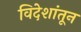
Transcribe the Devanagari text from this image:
विदेशांतून